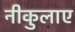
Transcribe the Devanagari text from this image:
नीकुलाए